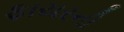
ફાયરની